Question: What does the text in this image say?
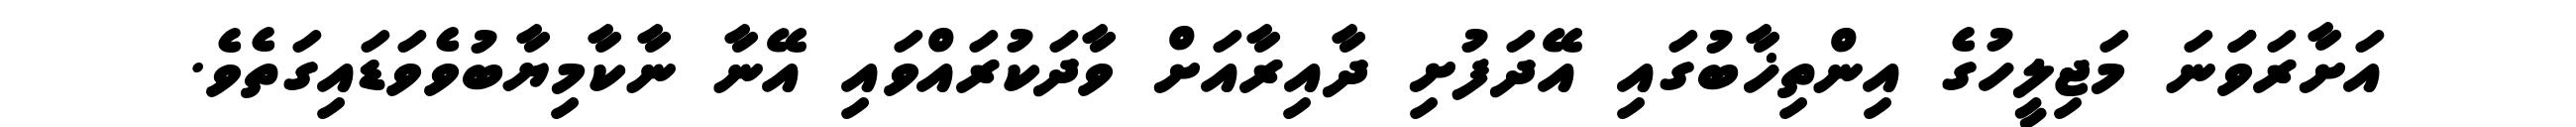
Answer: އަށާރަވަަނަ މަޖިލީހުގެ އިންތިޚާބުގައި އޭދަފުށި ދާއިރާއަށް ވާދަކުރައްވައި އޭނާ ނާކާމިޔާބުވެވަޑައިގަތެވެ.